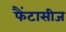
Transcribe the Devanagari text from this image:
फैंटासीज